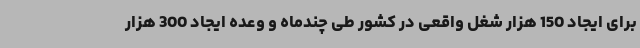
برای ایجاد 150 هزار شغل واقعی در کشور طی چندماه و وعده ایجاد 300 هزار